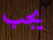
يجب